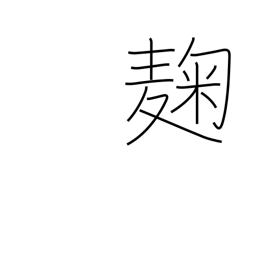
Meaning: yeast